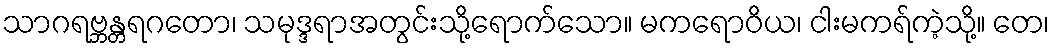
သာဂရဗ္ဘန္တရဂတော၊ သမုဒ္ဒရာအတွင်းသို့ရောက်သော။ မကရောဝိယ၊ ငါးမကရ်ကဲ့သို့။ တေ၊